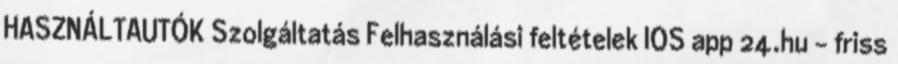
HASZNÁLTAUTÓK Szolgáltatás Felhasználási feltételek IOS app 24.hu - friss